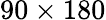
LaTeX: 90\times 180